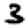
Digit: 3